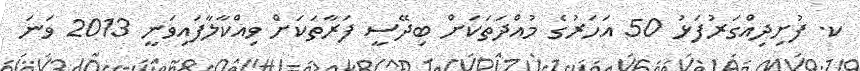
ކ. ފުށިދިއްގަރުފަޅު 50 އަހަރުގެ މުއްދަތަކަށް ބިދޭސީ ފަރާތަކަށް ވިއްކާލާފައިވަނީ 2013 ވަނަ